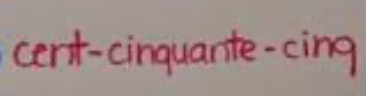
cent-cinquante-cinq